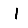
Digit: 1